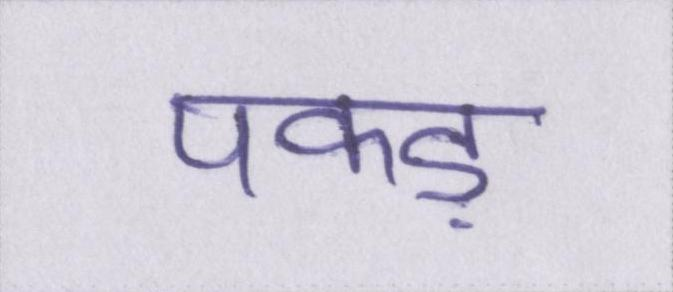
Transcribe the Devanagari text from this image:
पकड़